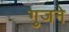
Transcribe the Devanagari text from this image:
गुजने